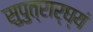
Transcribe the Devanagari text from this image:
सुपुत्रार्घ्यं